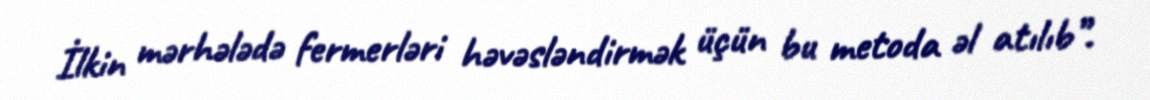
İlkin mərhələdə fermerləri həvəsləndirmək üçün bu metoda əl atılıb”.